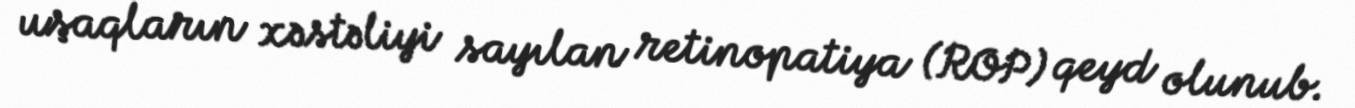
uşaqların xəstəliyi sayılan retinopatiya (ROP) qeyd olunub.